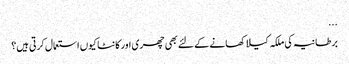
...
برطانیہ کی ملکہ کیلا کھانے کے لئے بھی چھری اور کانٹا کیوں استعمال کرتی ہیں؟